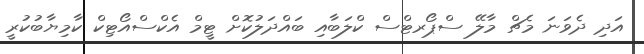
އަދި ދެވަނަ މެޗް މާލޭ ސްޕޯރޓްސް ކްލަބާއި ބައްދަލުކޮށް ޓީމް އެކްސްއޯޓިކް ކާމިޔާބުކުރީ